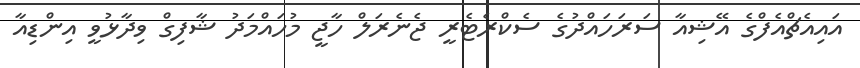
އައިއެޗްއެފްގެ އޭޝިއާ ސަރަހައްދުގެ ސެކްރެޓެރީ ޖެނެރަލް ހާޖީ މުހައްމަދު ޝާފިގް ވިދާޅުވީ އިންޑިއާ